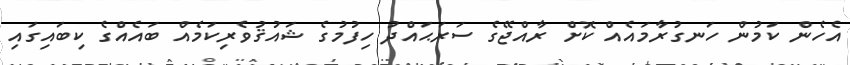
އެހެން ކަމުން ހަނގުރާމައެއް ކޮށް ރާއްޖޭގެ ސަރަޙައްދު ހިފުމުގެ ޝައުޤުވެރިކަމެއް ބައެއްގެ ކިބައިގައި